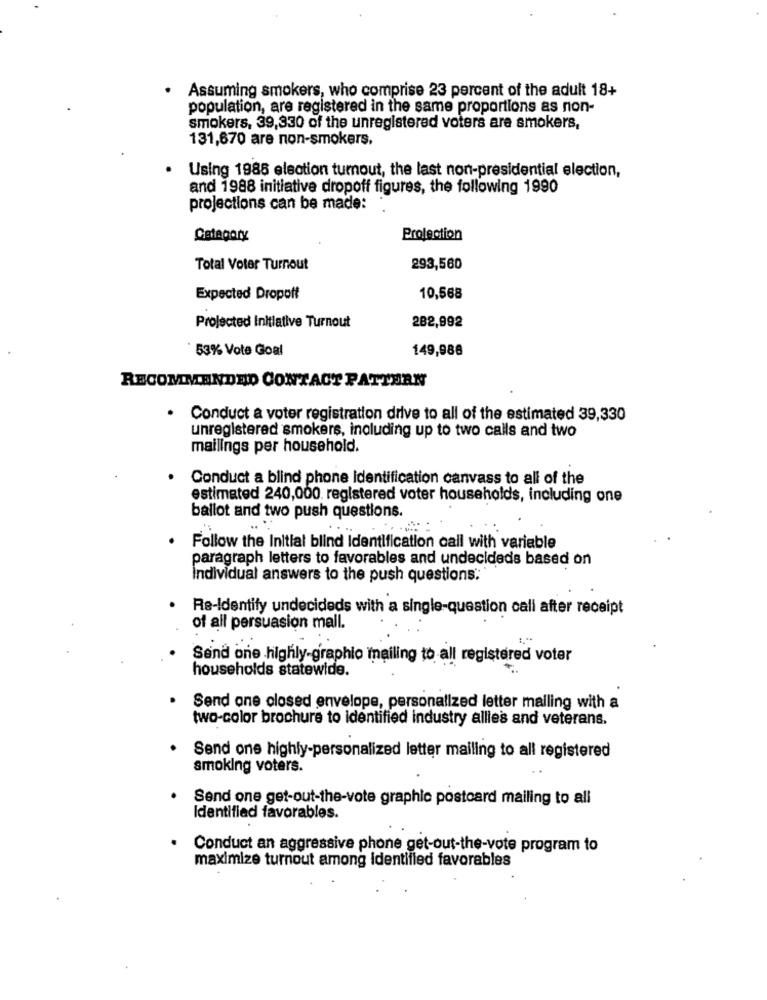
. Assuming smokers, who comprise 23 percent of the adult 18+
population, are registered in the same proportions as non-
smokers, 39,330 of the unregistered voters are smokers,
131,670 are non-smokers.
Using 1988 election turnout, the last non-presidential election,
and 1988 initiative dropoff figures, the following 1990
projections can be made:
Category
Projection
Total Voter Turnout
293,560
Expected Dropoff
10,568
282,992
Projected Initiative Turnout
53% Vote Goal
149,988
RECOMMENDED CONTACT PATTERN
· Conduct a voter registration drive to all of the estimated 39,330
unregistered smokers, including up to two calls and two
mailings per household.
Conduct a blind phone Identification canvass to all of the
estimated 240,000. registered voter households, including one
ballot and two push questions.
Follow the Initial blind Identification call with variable
paragraph letters to favorables and undecideds based on
Individual answers to the push questions:
Re-Identify undecideds with a single-question call after receipt
of all persuasion mall.
Sand one highly-graphio mailing to all registered voter
households statewide.
Send one closed envelope, personalized letter malling with a
two-color brochure to identified industry allles and veterans.
Send one highly-personalized letter mailing to all registered
smoking voters.
Send one get-out-the-vote graphic postcard mailing to all
Identified favorables.
Conduct an aggressive phone get-out-the-vote program to
maximize turnout among identified favorables